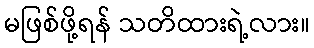
မဖြစ်ဖို့ရန် သတိထားရဲ့လား။